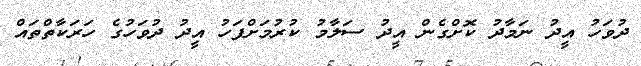
ދުވަހު އީދު ނަމާދު ކޮށްގެން އީދު ސަލާމު ކުރުމަށްފަހު އީދު ދުވަހުގެ ހަރަކާތްތައް